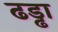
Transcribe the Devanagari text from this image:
ढड्ढा